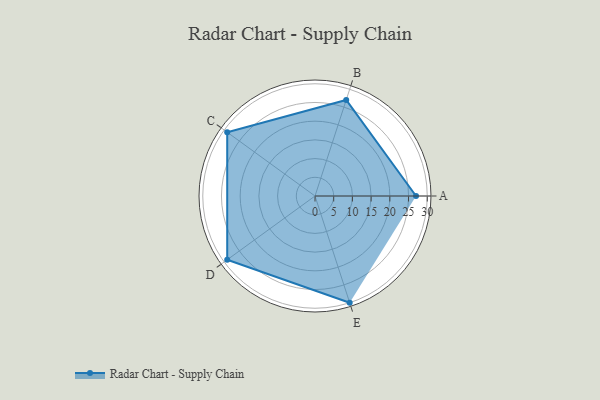
{"axis": {"x": "Skill", "y": "Score"}, "legend": ["Profile"], "data": [{"x": "A", "y": 27.0, "type": "Profile"}, {"x": "B", "y": 27.0, "type": "Profile"}, {"x": "C", "y": 29.0, "type": "Profile"}, {"x": "D", "y": 29.0, "type": "Profile"}, {"x": "E", "y": 30.0, "type": "Profile"}]}